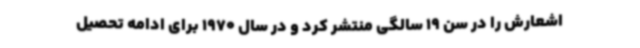
اشعارش را در سن 19 سالگی منتشر کرد و در سال 1970 برای ادامه تحصیل